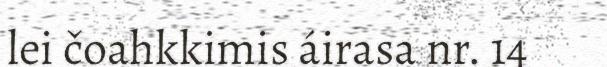
lei čoahkkimis áirasa nr. 14